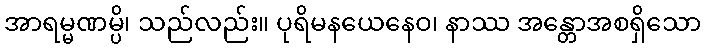
အာရမ္မဏမ္ပိ၊ သည်လည်း။ ပုရိမနယေနေဝ၊ နာဿ အန္တောအစရှိသော